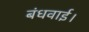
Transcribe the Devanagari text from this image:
बंधवाई।